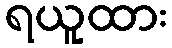
ရယူထား